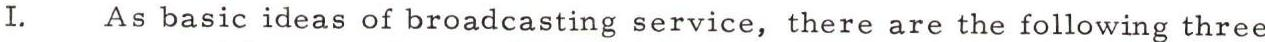
I. As basic ideas of broadcasting service, there are the following three